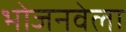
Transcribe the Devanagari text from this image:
भोजनवेला